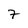
Character: 7